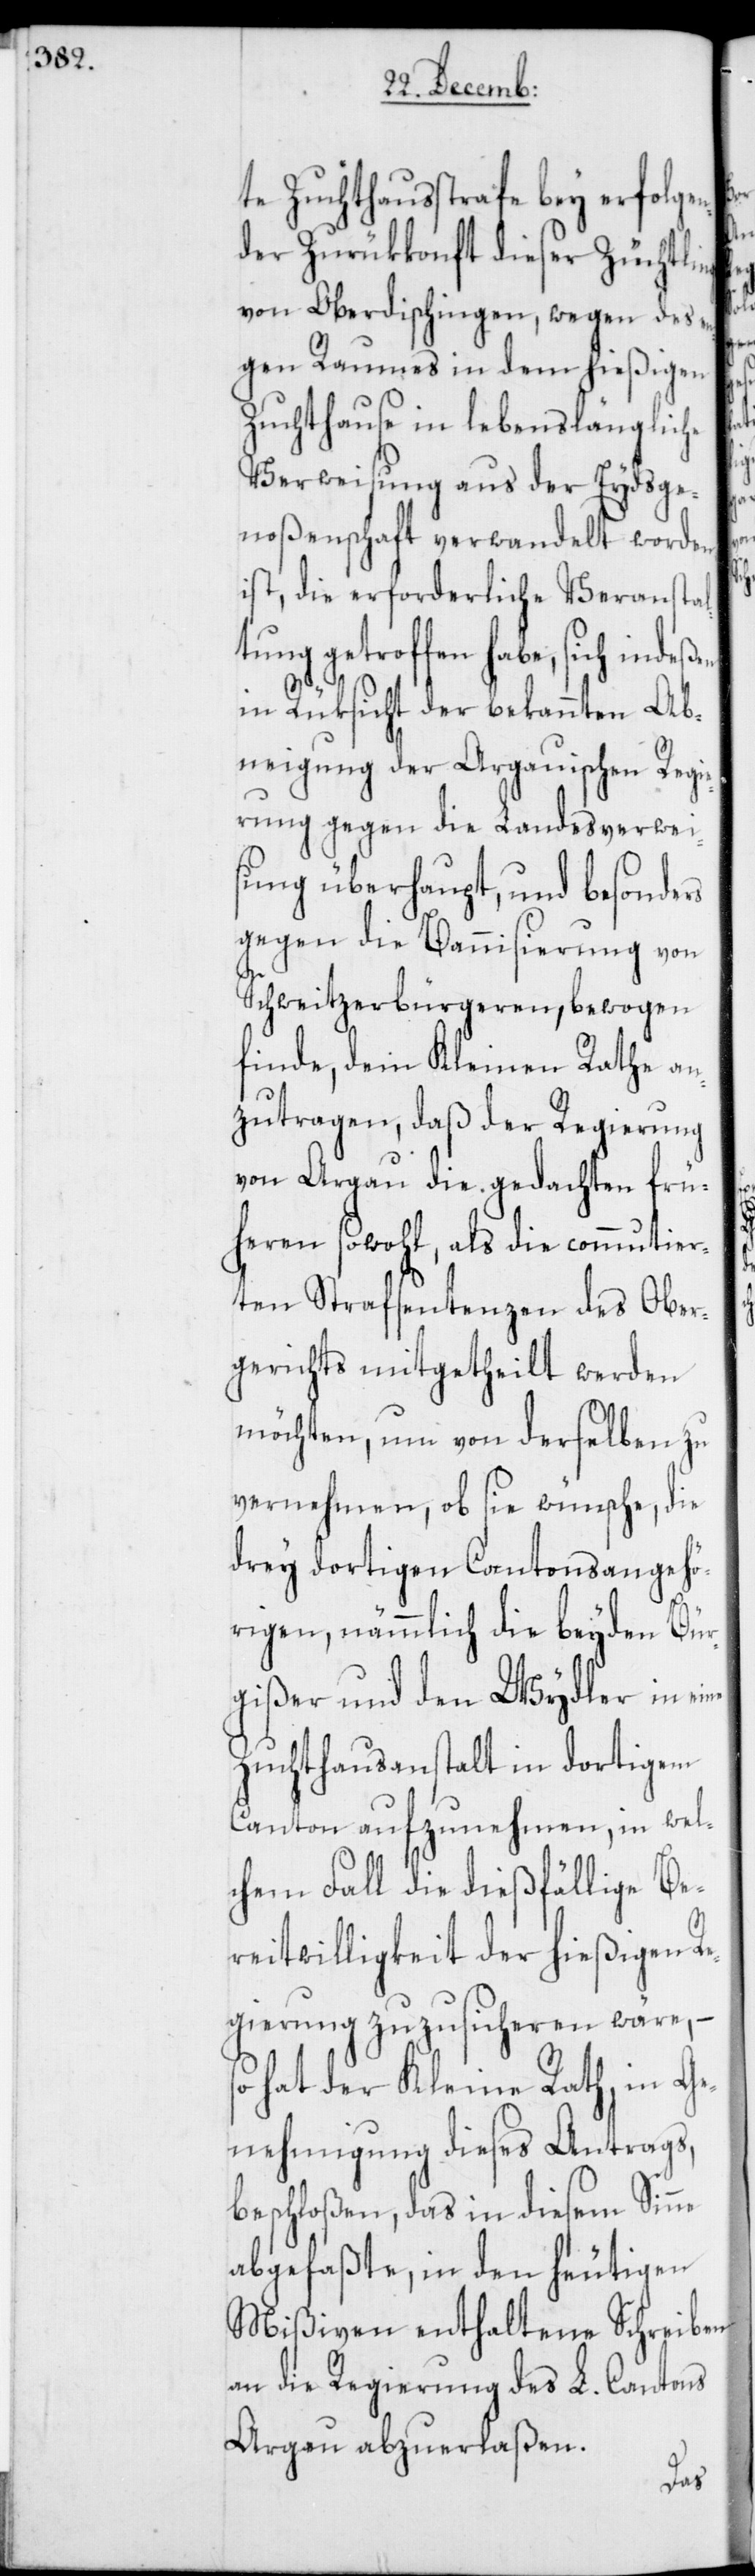
te Zuchthausstrafe bey erfolgen¬
der Zurükkonft dieser Züchtli¬
von Oberdischingen, wegen des e¬
ngen Raumes in dem hießigen
Zuchthause in lebenslängliche
Verweisung aus der Eydsge¬
noßenschaft verwandelt worden
ist, die erforderliche Veranstalt¬
ung getroffen habe, sich inde¬
in Rüksicht der bekannten Ab¬
neigung der Argauischen Regie¬
rung gegen die Landesverwei¬
sung überhaupt, und besonders
gegen die Bannisierung von
Schweitzerbürgeren, bewogen
finde, dem Kleinen Rathe an¬
zutragen, daß der Regierung
von Argau die gedachten frü¬
heren sowohl, als die commutier¬
ten Strafsentenzen des Ober¬
gerichts mitgetheilt werden
möchten, um von derselben zu
vernehmen, ob sie wünsche, die
drey dortigen Cantonsangehö¬
rigen, nämmlich die beyden Bür¬
gißer und den Wydler in eine
Zuchthausanstalt in dortigem
Canton aufzunehmen, in wel¬
chem Fall die dießfällige Be¬
reitwilligkeit der hießigen Re¬
gierung zuzusicheren wäre, –
hat der Kleine Rath, in Ge¬
nehmigung dieses Antrags,
beschloßen, das in diesem Sinne
abgefaßte, in den heutigen
Mißiven enthaltene Schreiben
an die Regierung des L. Cantons
Argau abzuerlaßen.
ßen